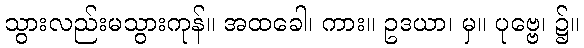
သွားလည်းမသွားကုန်။ အထခေါ၊ ကား။ ဥဒယာ၊ မှ။ ပုဗ္ဗေ၊ ၌။